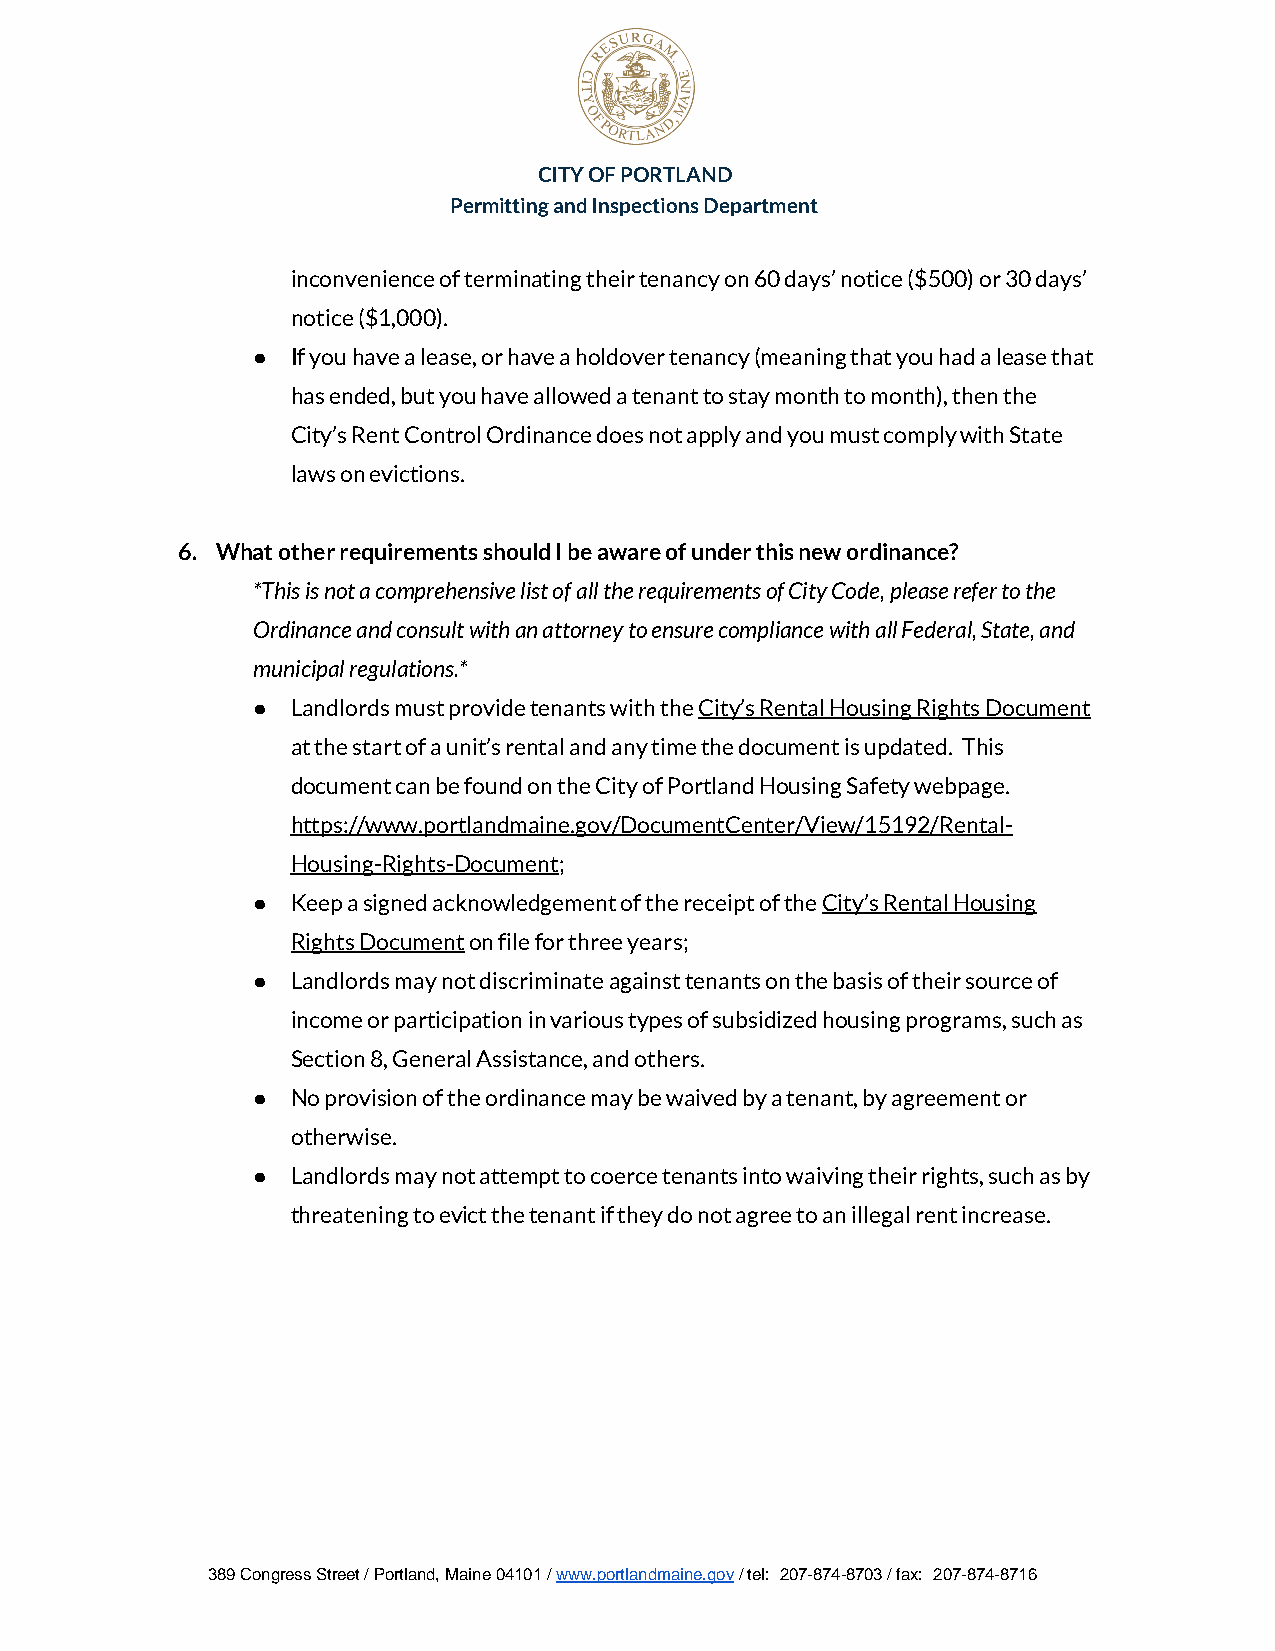
CITY OF PORTLAND
 Permitting and Inspections Department
 inconvenience of terminating their tenancy on 60 days’ notice ($500) or 30 days’
 notice ($1,000).
 ● If you have a lease, or have a holdover tenancy (meaning that you had a lease that
 has ended, but you have allowed a tenant to stay month to month), then the
 City’s Rent Control Ordinance does not apply and you must comply with State
 laws on evictions.
 6. What other requirements should I be aware of under this new ordinance?
 *This is not a comprehensive list of all the requirements of City Code, please refer to the
 Ordinance and consult with an attorney to ensure compliance with all Federal, State, and
 municipal regulations.*
 ● Landlords must provide tenants with the City’s Rental Housing Rights Document
 at the start of a unit’s rental and any time the document is updated. This
 document can be found on the City of Portland Housing Safety webpage.
 https://www.portlandmaine.gov/DocumentCenter/View/15192/Rental-
 Housing-Rights-Document;
 ● Keep a signed acknowledgement of the receipt of the City’s Rental Housing
 Rights Document on file for three years;
 ● Landlords may not discriminate against tenants on the basis of their source of
 income or participation in various types of subsidized housing programs, such as
 Section 8, General Assistance, and others.
 ● No provision of the ordinance may be waived by a tenant, by agreement or
 otherwise.
 ● Landlords may not attempt to coerce tenants into waiving their rights, such as by
 threatening to evict the tenant if they do not agree to an illegal rent increase.
 389 Congress Street / Portland, Maine 04101 / www.portlandmaine.gov / tel: 207-874-8703 / fax: 207-874-8716